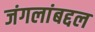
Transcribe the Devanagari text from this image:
जंगलांबद्दल